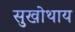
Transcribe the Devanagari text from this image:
सुखोथाय